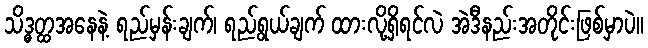
သိဒ္ဓတ္ထအနေနဲ့ ရည်မှန်းချက်၊ ရည်ရွယ်ချက် ထားလို့ရှိရင်လဲ အဲဒီနည်းအတိုင်းဖြစ်မှာပဲ။